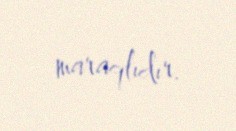
maraqlıdır.